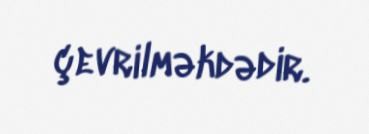
çevrilməkdədir.